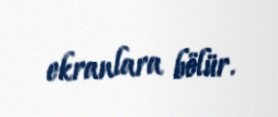
ekranlara bölür.